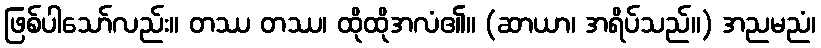
ဖြစ်ပါသော်လည်း။ တဿ တဿ၊ ထိုထိုအလံ၏။ (ဆာယာ၊ အရိပ်သည်။) အညမညံ၊